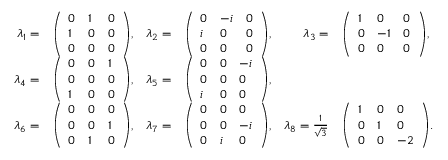
{ \begin{array} { r l r l r l } { \lambda _ { 1 } = } & { { \left( \begin{array} { l l l } { 0 } & { 1 } & { 0 } \\ { 1 } & { 0 } & { 0 } \\ { 0 } & { 0 } & { 0 } \end{array} \right) } , } & { \lambda _ { 2 } = } & { { \left( \begin{array} { l l l } { 0 } & { - i } & { 0 } \\ { i } & { 0 } & { 0 } \\ { 0 } & { 0 } & { 0 } \end{array} \right) } , } & { \lambda _ { 3 } = } & { { \left( \begin{array} { l l l } { 1 } & { 0 } & { 0 } \\ { 0 } & { - 1 } & { 0 } \\ { 0 } & { 0 } & { 0 } \end{array} \right) } , } \\ { \lambda _ { 4 } = } & { { \left( \begin{array} { l l l } { 0 } & { 0 } & { 1 } \\ { 0 } & { 0 } & { 0 } \\ { 1 } & { 0 } & { 0 } \end{array} \right) } , } & { \lambda _ { 5 } = } & { { \left( \begin{array} { l l l } { 0 } & { 0 } & { - i } \\ { 0 } & { 0 } & { 0 } \\ { i } & { 0 } & { 0 } \end{array} \right) } , } \\ { \lambda _ { 6 } = } & { { \left( \begin{array} { l l l } { 0 } & { 0 } & { 0 } \\ { 0 } & { 0 } & { 1 } \\ { 0 } & { 1 } & { 0 } \end{array} \right) } , } & { \lambda _ { 7 } = } & { { \left( \begin{array} { l l l } { 0 } & { 0 } & { 0 } \\ { 0 } & { 0 } & { - i } \\ { 0 } & { i } & { 0 } \end{array} \right) } , } & { \lambda _ { 8 } = { \frac { 1 } { \sqrt { 3 } } } } & { { \left( \begin{array} { l l l } { 1 } & { 0 } & { 0 } \\ { 0 } & { 1 } & { 0 } \\ { 0 } & { 0 } & { - 2 } \end{array} \right) } . } \end{array} }